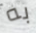
به